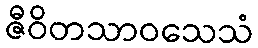
ဇီဝိတသာဝသေသံ